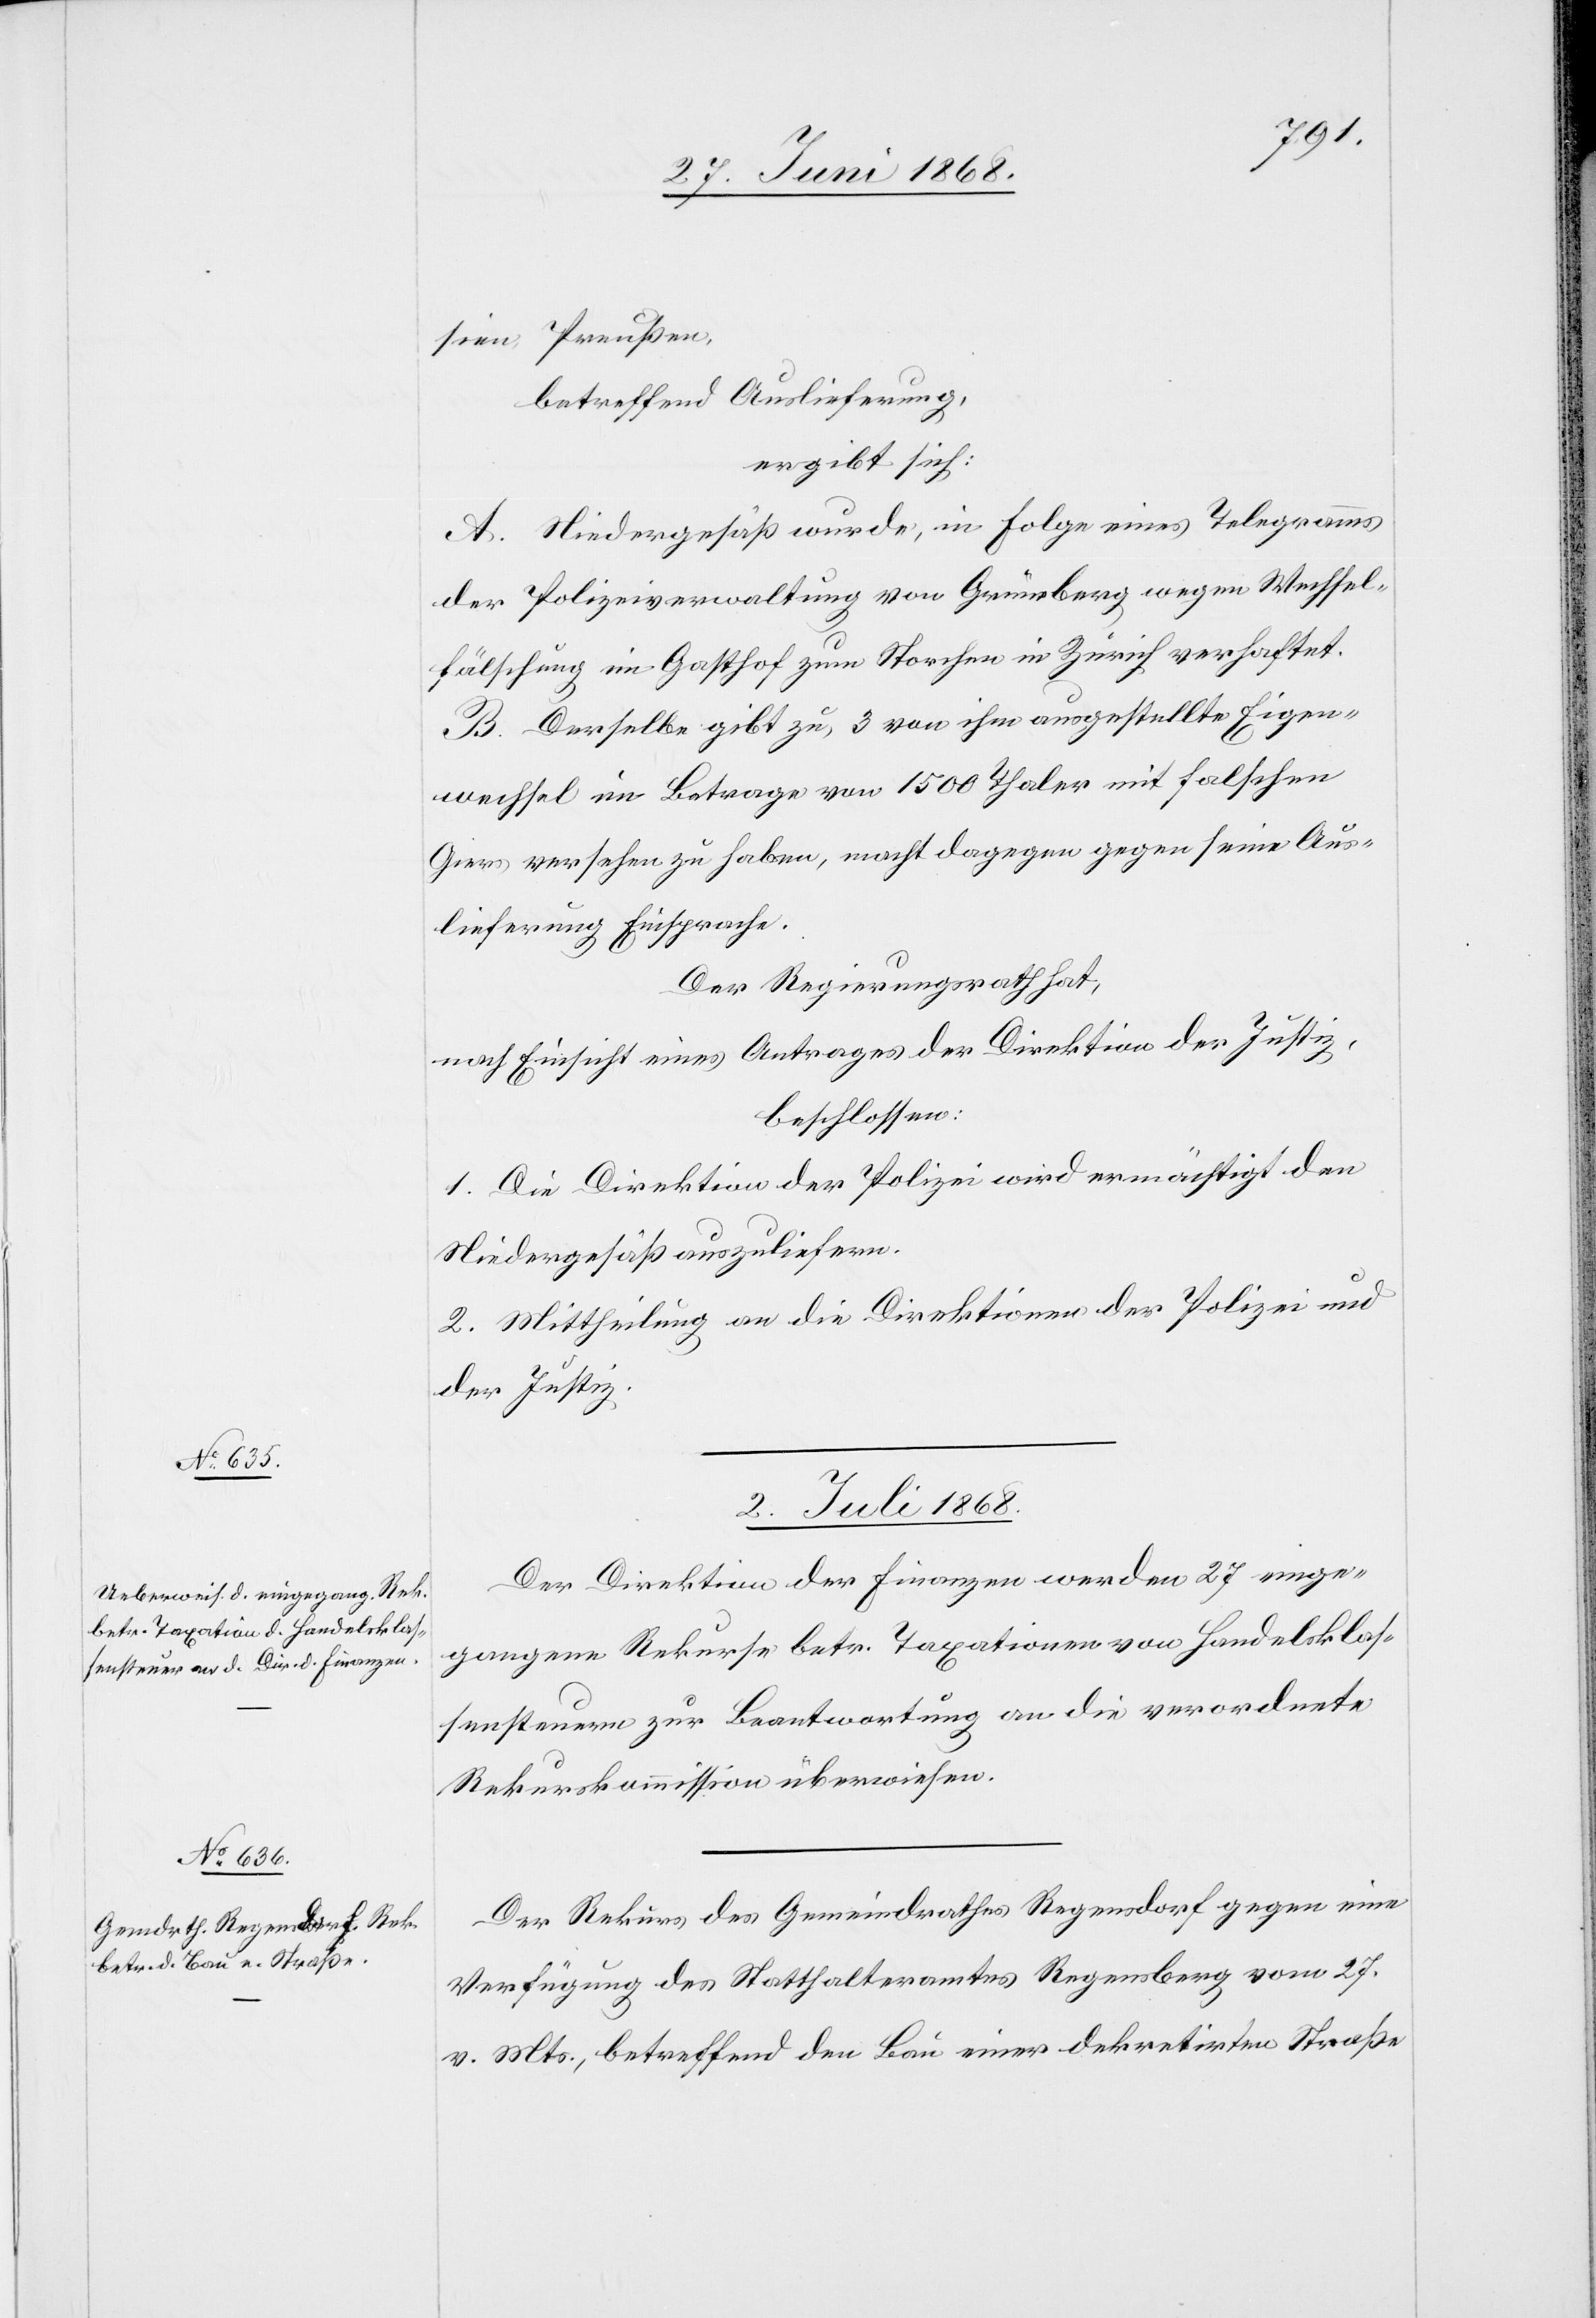
sien, Preußen,
betreffend Auslieferung,
ergibt sich:
A. Niedergesäß wurde, in Folge eines Telegramms
der Polizeiverwaltung von Grüneberg wegen Wechsel¬
fälschung im Gasthof zum Storchen in Zürich verhaftet.
B. Derselbe gibt zu, 3 von ihm ausgestellte Eigen¬
wechsel im Betrage von 1500 Thaler mit falschen
Giers versehen zu haben, macht dagegen gegen seine Aus¬
lieferung Einsprache.
Der Regierungsrath hat,
nach Einsicht eines Antrages der Driektion der Justiz,
beschlossen:
1. Die Direktion der Polizei wird ermächtigt den
Niedergesäß auszuliefern.
2. Mittheilung an die Direktionen der Polizei und
der Justiz.
2. Juli 1868.]
Der Direktion der Finanzen werden 27 einge¬
gangene Rekurse betr. Taxationen von Handelsklas¬
sensteuern zur Beantwortung an die verordnete
Rekurskommission überwiesen.
Der Rekurs des Gemeindrathes Regensdorf gegen eine
Verfügung des Statthalteramtes Regensberg vom 27.
v. Mts., betreffend den Bau einer dekretirten Straße